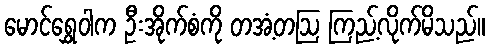
မောင်ရွှေဝါက ဦးအိုက်စံကို တအံ့တဩ ကြည့်လိုက်မိသည်။